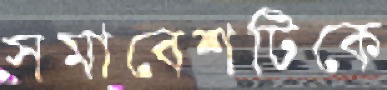
সমাবেশটিকে